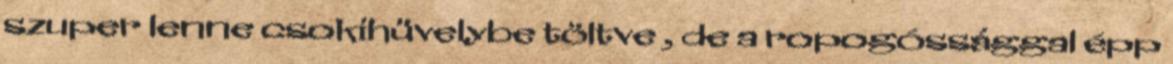
szuper lenne csokihüvelybe töltve , de a ropogóssággal épp